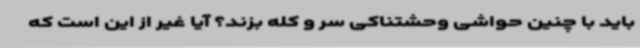
باید با چنین حواشی وحشتناکی سر و کله بزند؟ آیا غیر از این است که